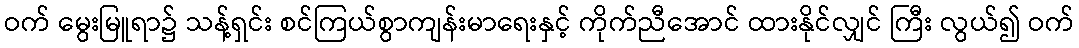
ဝက် မွေးမြူရာ၌ သန့်ရှင်း စင်ကြယ်စွာကျန်းမာရေးနှင့် ကိုက်ညီအောင် ထားနိုင်လျှင် ကြီး လွယ်၍ ဝက်